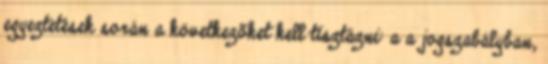
egyeztetések során a következõket kell tisztázni: a a jogszabályban,